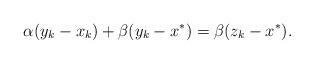
LaTeX: \begin{align*}\alpha (y_k-x_k)+\beta(y_k-x^*)=\beta(z_k-x^*).\end{align*}